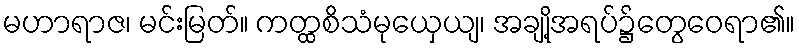
မဟာရာဇ၊ မင်းမြတ်။ ကတ္ထစိသံမုယှေယျ၊ အချို့အရပ်၌တွေဝေရာ၏။